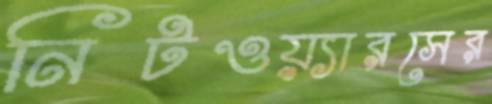
নিটওয়্যারসের